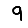
Digit: 9